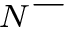
_ N -